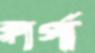
ক্লার্গ